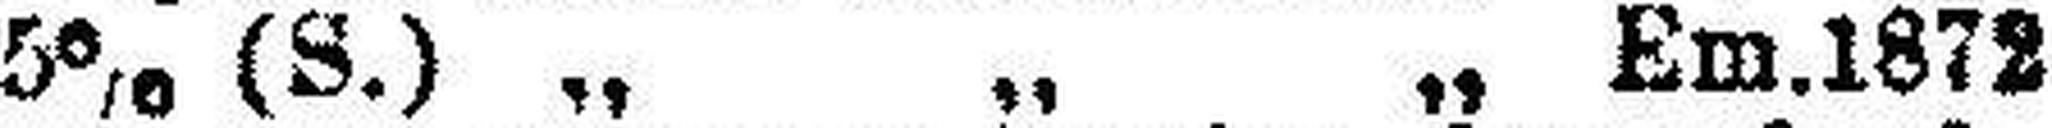
5% (S.) „ „ „ Em.1872